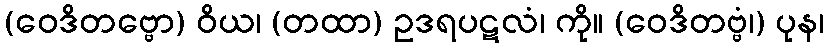
(ဝေဒိတဗ္ဗော) ဝိယ၊ (တထာ) ဥဒရပဋလံ၊ ကို။ (ဝေဒိတဗ္ဗံ၊) ပုန၊